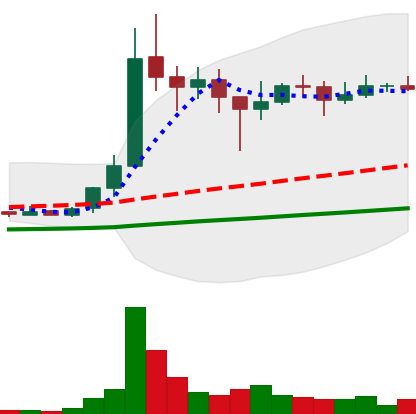
Ticker: XLM-USD
Chart end date: 2021-01-19
Forward return: -9.302%
Label: down_7plus